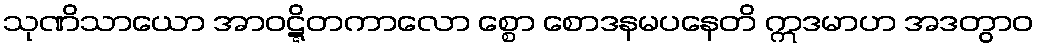
သုဏိသာယော အာဝဋ္ဋိတကာလော စ္စော စောဒနမပနေတိ ဣဒမာဟ အဒတွာဝ